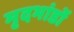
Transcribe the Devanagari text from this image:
मृदभांडों